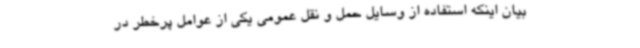
بیان اینکه استفاده از وسایل حمل و نقل عمومی یکی از عوامل پرخطر در